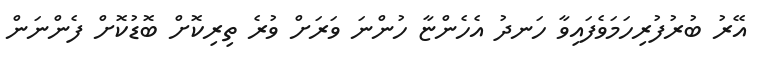
އޭރު ބުރުފުރިހަމަވެފައިވާ ހަނދު އެހެންޏާ ހުންނަ ވަރަށް ވުރެ ތިރިކޮށް ބޮޑުކޮށް ފެންނަން